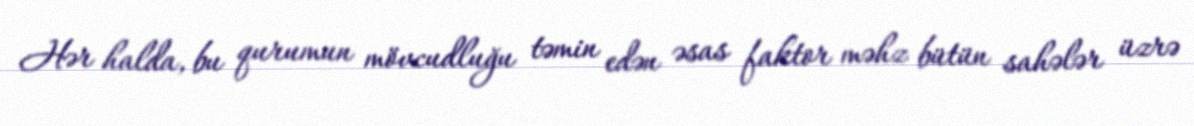
Hər halda, bu qurumun mövcudluğu təmin edən əsas faktor məhz bütün sahələr üzrə